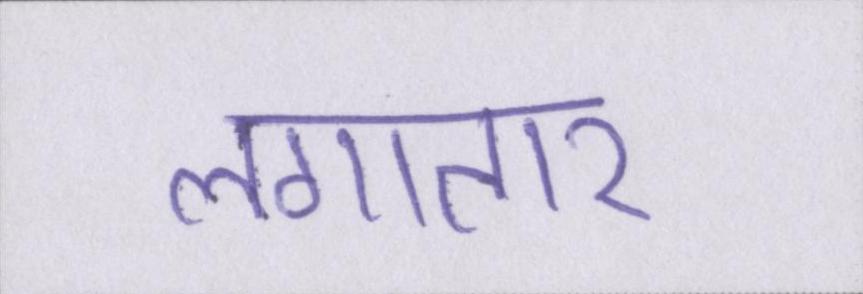
लगातार